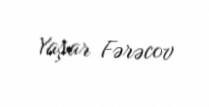
Yaşar Fərəcov